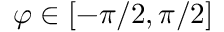
\varphi \in [ - \pi / 2 , \pi / 2 ]